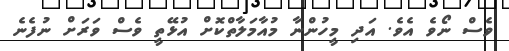
ވެސް ނޯވެ އެވެ. އަދި މީހުންނާ މުއާމަލާތްކޮށް އުޅޭތީ ވެސް ވަރަށް ނުފެނެ